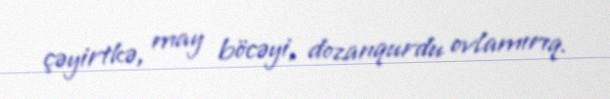
çəyirtkə, may böcəyi, dozanqurdu ovlamırıq.